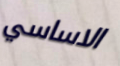
الاساسي